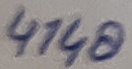
Text: 4148